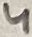
Text: 4